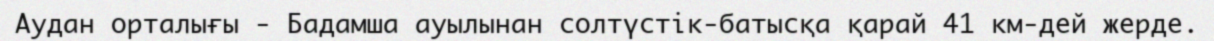
Аудан орталығы - Бадамша ауылынан солтүстік-батысқа қарай 41 км-дей жерде.